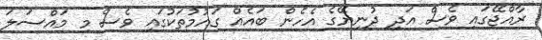
ރާއްޖޭގައި ވެސް އަދި ދުނިޔޭގެ އެހެން ބައެއް ގައުމުތަކުގައި ވެސް މި މައްސަލަ